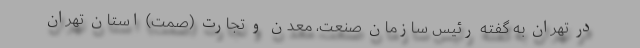
در تهران به گفته رئیس سازمان صنعت، معدن و تجارت (صمت) استان تهران